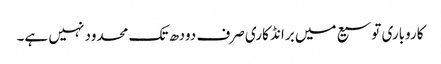
کاروباری توسیع میں برانڈ کاری صرف دودھ تک محدود نہیں ہے۔